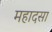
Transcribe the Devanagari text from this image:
महादसा